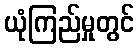
ယုံကြည်မှုတွင်